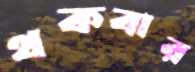
থকবার